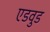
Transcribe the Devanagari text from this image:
एडवुड